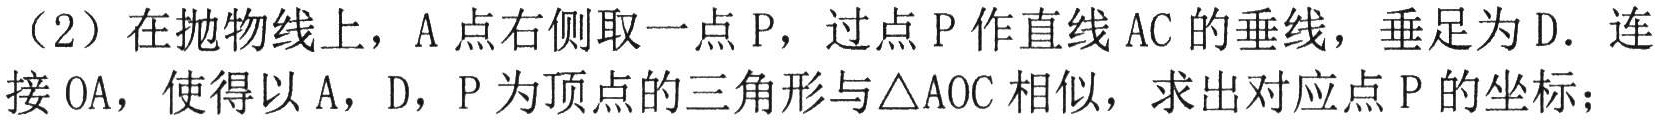
（2）在抛物线上，\(A\)点右侧取一点\(P\)，过点\(P\)作直线\(AC\)的垂线，垂足为\(D\). 连接\(OA\)，使得以\(A\)，\(D\)，\(P\)为顶点的三角形与\(\triangle AOC\)相似，求出对应点\(P\)的坐标；